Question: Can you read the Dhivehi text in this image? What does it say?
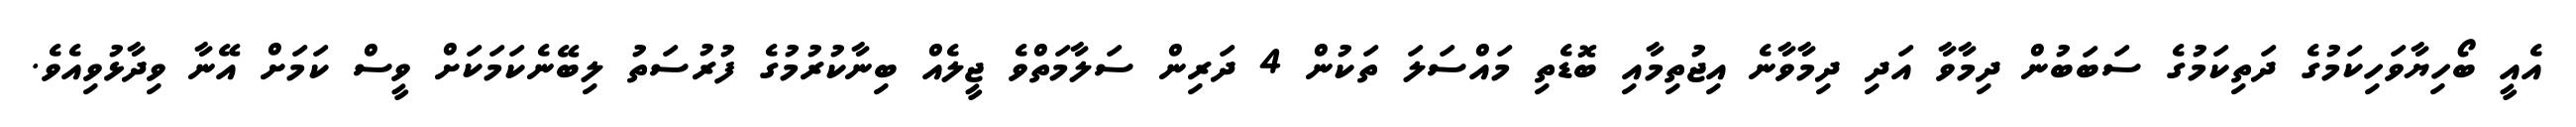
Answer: އެއީ ބޯހިޔާވަހިކަމުގެ ދަތިކަމުގެ ސަބަބުން ދިމާވާ އަދި ދިމާވާނެ އިޖުތިމާއި ބޮޑެތި މައްސަލަ ތަކުން 4 ދަރިން ސަލާމަތްވެ ޖީލެއް ބިނާކުރުމުގެ ފުރުސަތު ލިބޭނެކަމަކަށް ވީސް ކަމަށް އޭނާ ވިދާޅުވިއެވެ.